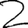
Digit: 2